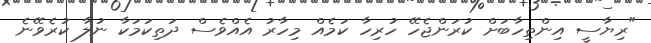
"ރިޔާސީ އިންތިހާބަށް ކުރަންޖެހޭ ހުރިހާ ކަމެއް މިހާރު އެއްވެސް ދަތިކަމަކާ ނުލާ ކުރެވޭނެ